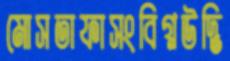
মোসতাফাসংবিগ্নউদ্ভি